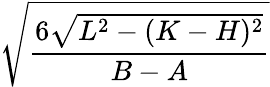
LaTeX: \sqrt{\frac{6\sqrt{L^{2}-(K-H)^{2}}}{B-A}}